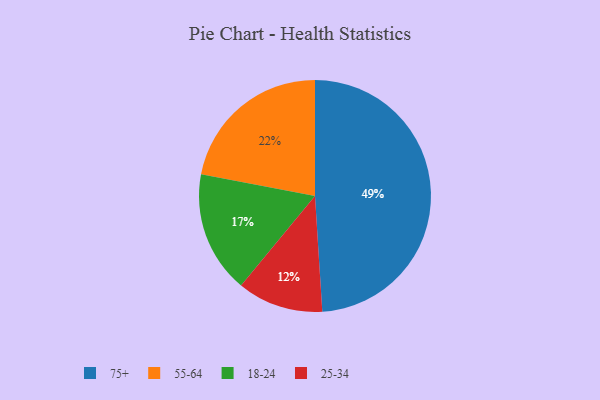
{"axis": {"x": "Category", "y": "Percentage"}, "legend": ["18-24", "25-34", "55-64", "75+"], "data": [{"x": "55-64", "y": 22, "type": "55-64"}, {"x": "75+", "y": 49, "type": "75+"}, {"x": "18-24", "y": 17, "type": "18-24"}, {"x": "25-34", "y": 12, "type": "25-34"}]}